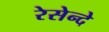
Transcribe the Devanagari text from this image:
रेसेन्दे